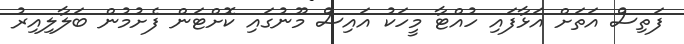
ފަތިސް އަތަށް އަޅާފައި ހުއްޓާ މީހަކު އައިސް މޫނުގައި ކޮށްޓަން ފެށުމުން ބަލާލިއިރު